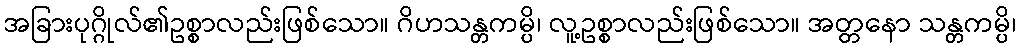
အခြားပုဂ္ဂိုလ်၏ဥစ္စာလည်းဖြစ်သော။ ဂိဟသန္တကမ္ပိ၊ လူ့ဥစ္စာလည်းဖြစ်သော။ အတ္တနော သန္တကမ္ပိ၊